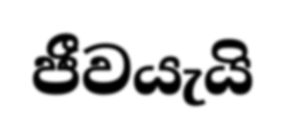
ජීවයැයි